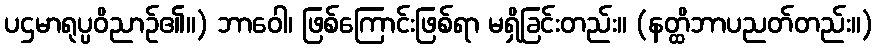
ပဌမာရုပ္ပဝိညာဉ်၏။) ဘာဝေါ၊ ဖြစ်ကြောင်းဖြစ်ရာ မရှိခြင်းတည်း။ (နတ္ထိဘာပညတ်တည်း။)